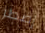
إضطر